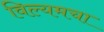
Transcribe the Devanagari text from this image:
विल्यमचा